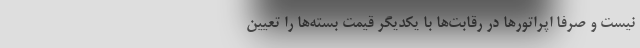
نیست و صرفا اپراتورها در رقابت‌ها با یکدیگر قیمت بسته‌ها را تعیین